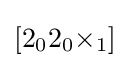
[2_{0}2_{0}{\times }_{1}]